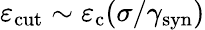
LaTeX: \varepsilon_{\mathrm{cut}}\sim\varepsilon_{\mathrm{c}}(\sigma/\gamma_{\mathrm{syn}})